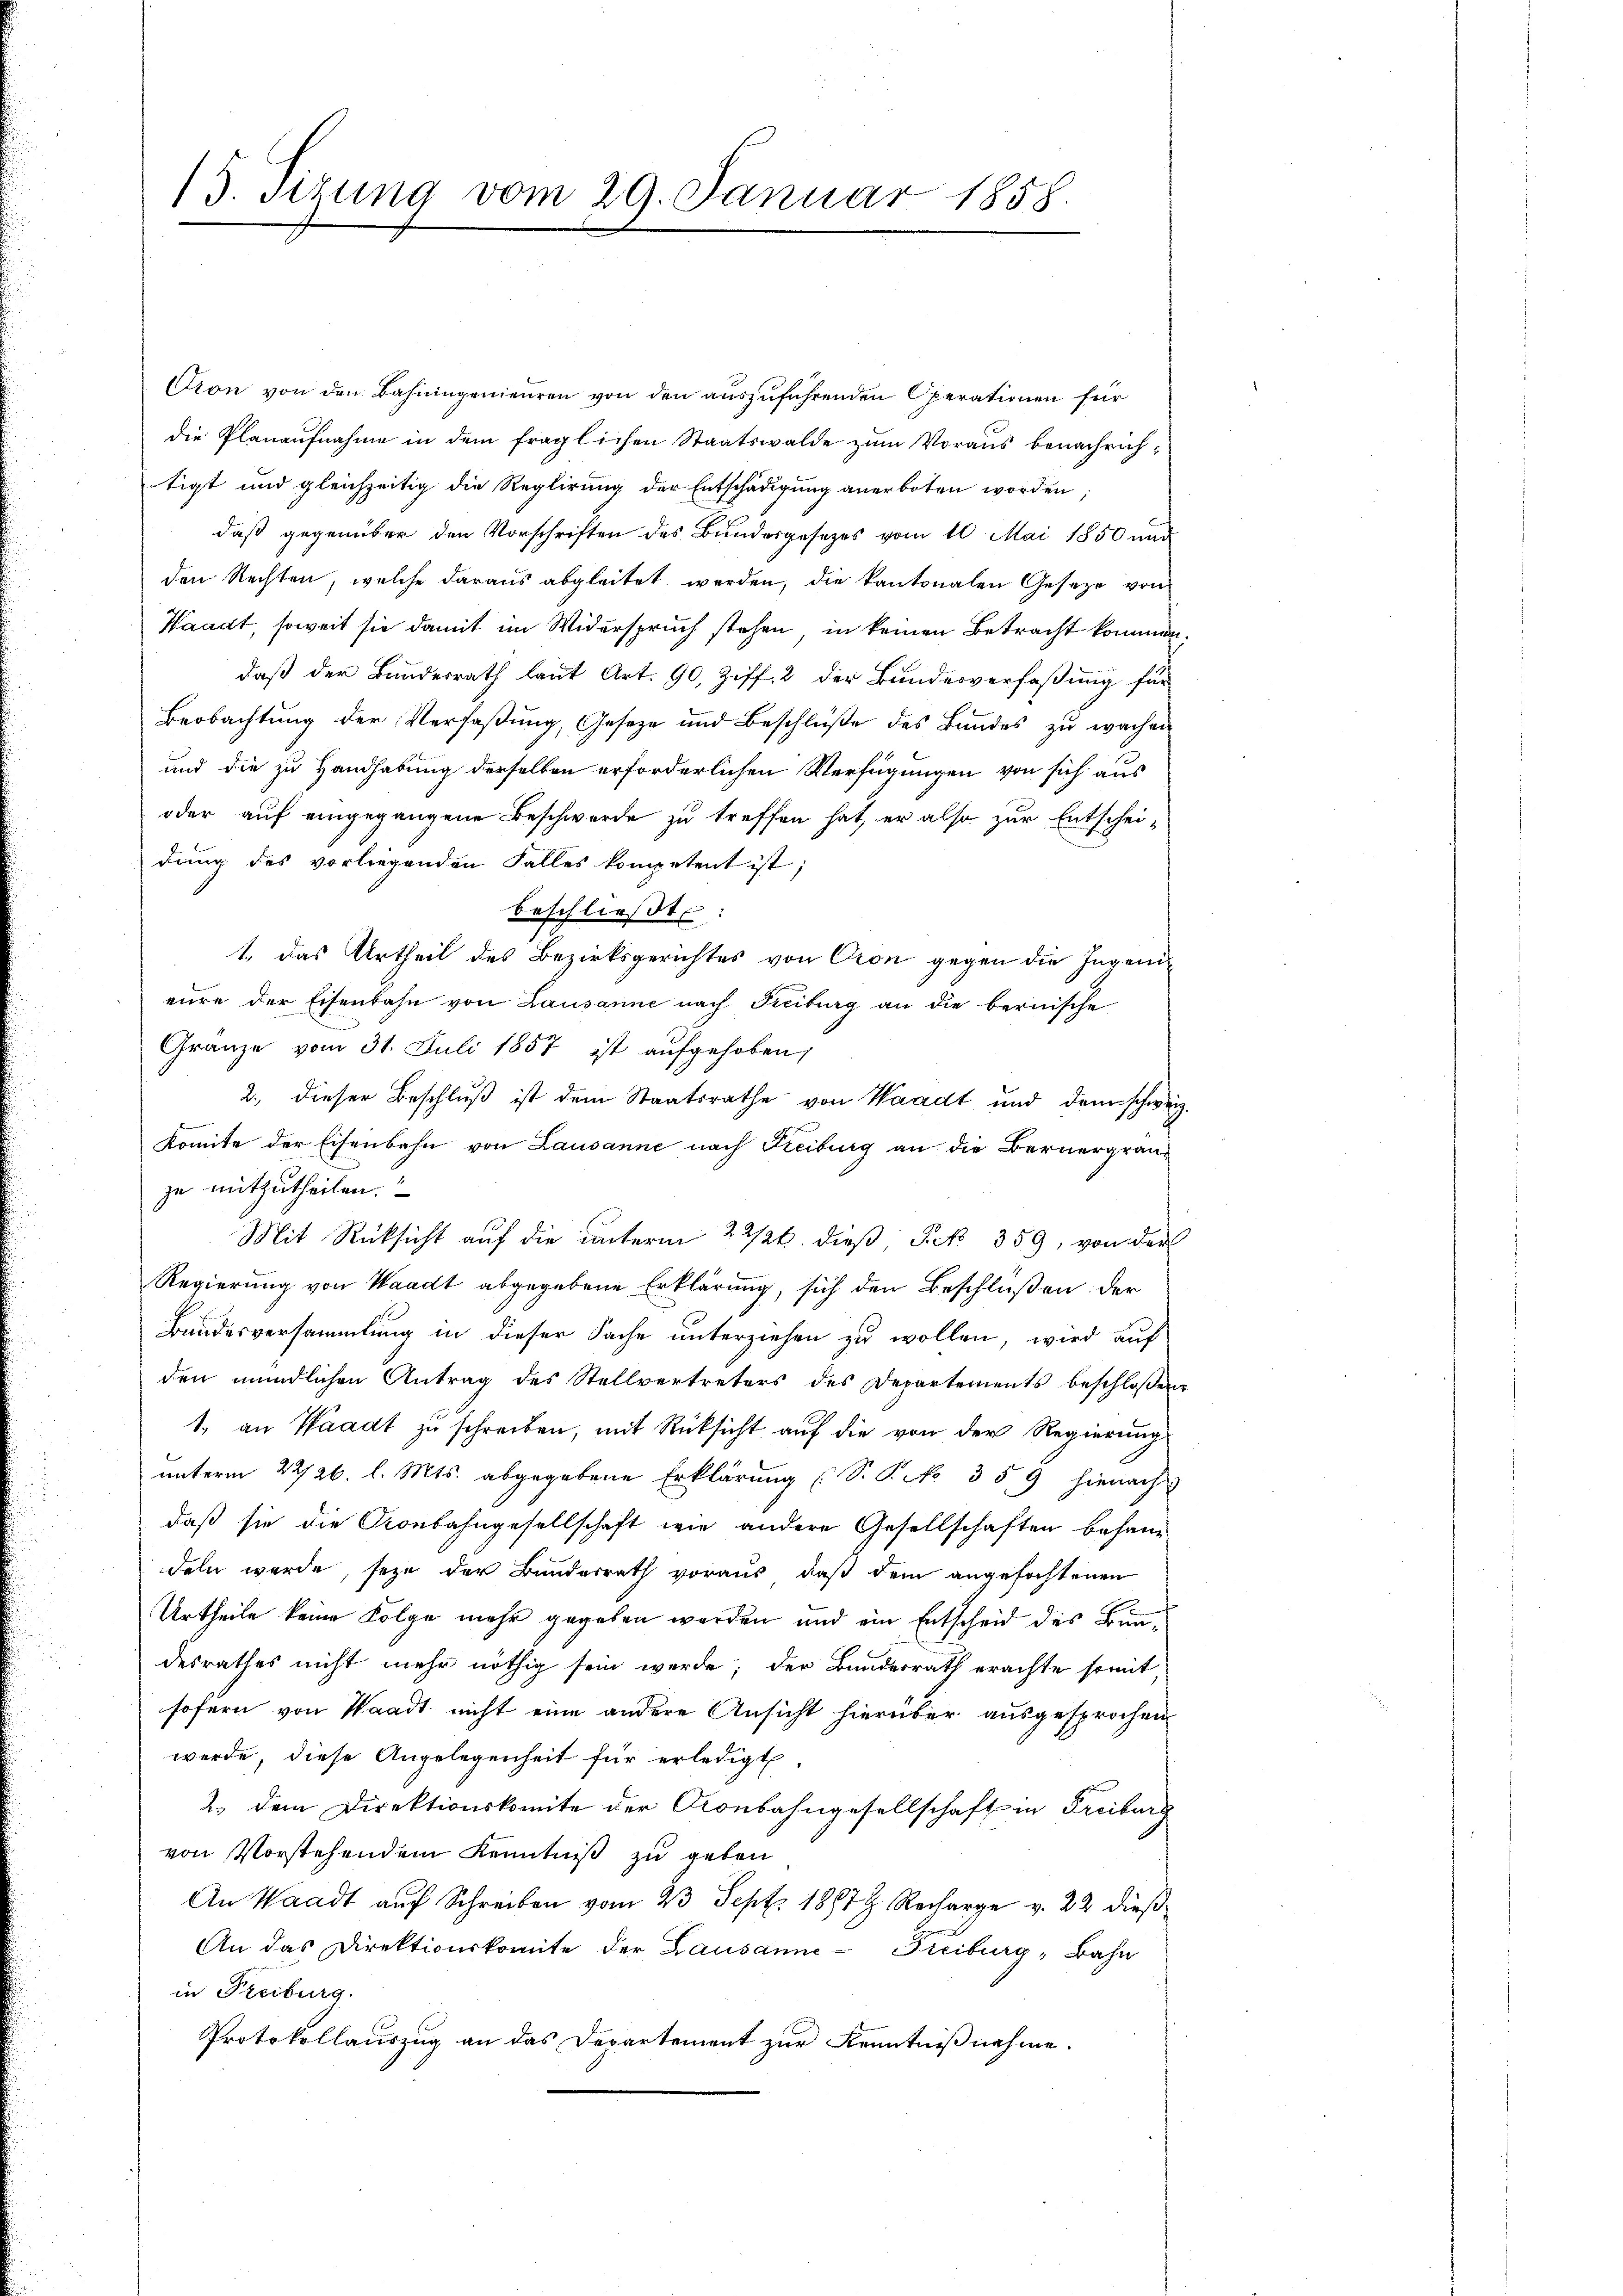
15. Sitzung vom 29. Januar 1858.

Cron von den Bahningenieuren von den auszuführenden Operationen für
die Planaufnahme in dem fraglichen Staatswalde zum Voraus benachrichtigt und gleichzeitig die Reglirung der Entschädigung anerboten worden,
daß gegenüber den Vorschriften des Bundesgesetzes vom 10. Mai 1850 und
den Rechten, welche daraus abgleitet werden, die kantonalen Gesetze von
Waadt, soweit sie damit im Widerspruch stehen, in keinen Betracht kommen
daß der Bundesrath laut Art. 90, Ziff. 2 der Bundesverfaßung für
Beobachtung der Verfaßung, Geseze und Beschlüße des Bundes zu wachen
und die zu Handhabung derselben erforderlichen Verfügungen von sich aus
oder auf eingegangene Beschwerde zu treffen hat, er also zur Entscheidung des vorliegenden Falles kompetent ist;
beschlieβt:
1., das Urtheil des Bezirksgerichtes von Cron gegen die Ingenieure der Eisenbahn von Lausanne nach Ticiburg an die bernische
Gränze vom 31. Juli 1857 ist aufgehoben,
2. dieser Beschlŭβ ist dem Staatsrathe von Waadt und dem schweiz.
komite der Eisenbahn von Lausanne nach Freiburg an die Bernergränzu mitzutheilen.
Mit Rücksicht auf die unterm 22/26. dieß Frk. 359, von der
Regierung von Waadt abgegebene Erklärung, sich den Beschlüßen der
Bundesversammlung in dieser Sache unterziehen zu wollen, wird auf
den mündlichen Antrag des Stellvertreters des Departements beschlossen
1. an Waadt zŭ schreiben, mit Rücksicht auf die von der Regierungs
unterm 22/26. l. Mts. abgegebene Erklärung (S. P. NNo. 359 hienach
daß sie die Gronbahngesellschaft wie andere Gesellschaften behandeln werde, seye der Bundesrath voraus, daß dem angefochtenen
Urtheile keine Folge mehr gegeben werden und ein Entscheid des Bundesrathes nicht mehr nöthig sein werde; der Bundesrath erachte somit
sofern von Waadt nicht eine andere Ansicht hierüber ausgesprochen
werde, diese Angelegenheit für erledigt.
2. dem Direktionskomite der Kronbahngesellschaft in Freiburg
von Vorstehendem Kenntniß zu geben
An Waadt auf Schreiben vom 23 Sept. 1897. Recharge v. 22 dieß
An das Direktionskomite der Lausanne-Freiburg-Bahn
in Freiburg.
Protokollauszug an das Departement zur Kenntnißnahme.